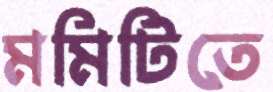
মমিটিতে